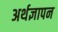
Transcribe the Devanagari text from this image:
अर्थज्ञापन